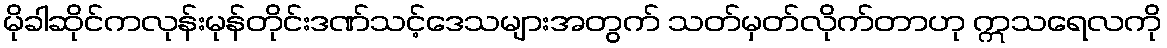
မိုခါဆိုင်ကလုန်းမုန်တိုင်းဒဏ်သင့်ဒေသများအတွက် သတ်မှတ်လိုက်တာဟု ဣသရေလကို